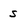
Character: s